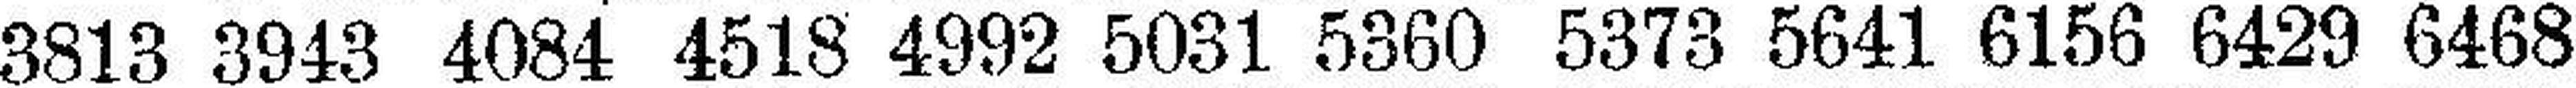
3813 3943 4084 4518 4992 5031 6360 5373 5641 6156 6429 6468